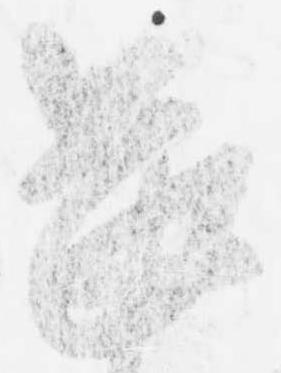
畏